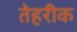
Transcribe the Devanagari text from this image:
तेहरीक